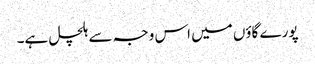
پورے گاؤں میں اس وجہ سے ہلچل ہے۔